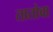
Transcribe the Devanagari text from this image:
तातोवा